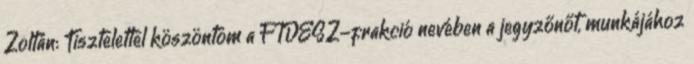
Zoltán: Tisztelettel köszöntöm a FIDESZ-frakció nevében a jegyzőnőt, munkájához